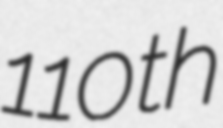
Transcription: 110th